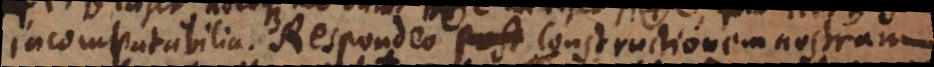
incompatibilia. Respondeo constructionem nostram